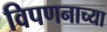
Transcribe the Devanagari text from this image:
विपणनाच्या